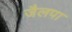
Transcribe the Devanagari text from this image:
जैलपा